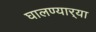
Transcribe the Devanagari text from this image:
घालण्यार्‍या